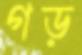
গড়